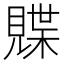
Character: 𫌣